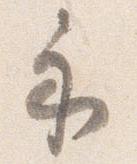
示